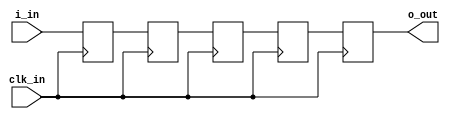
//------------------------------------------------------------------------------
//  (c) Copyright 2013-2015 Xilinx, Inc. All rights reserved.
//
//  This file contains confidential and proprietary information
//  of Xilinx, Inc. and is protected under U.S. and
//  international copyright and other intellectual property
//  laws.
//
//  DISCLAIMER
//  This disclaimer is not a license and does not grant any
//  rights to the materials distributed herewith. Except as
//  otherwise provided in a valid license issued to you by
//  Xilinx, and to the maximum extent permitted by applicable
//  law: (1) THESE MATERIALS ARE MADE AVAILABLE "AS IS" AND
//  WITH ALL FAULTS, AND XILINX HEREBY DISCLAIMS ALL WARRANTIES
//  AND CONDITIONS, EXPRESS, IMPLIED, OR STATUTORY, INCLUDING
//  BUT NOT LIMITED TO WARRANTIES OF MERCHANTABILITY, NON-
//  INFRINGEMENT, OR FITNESS FOR ANY PARTICULAR PURPOSE; and
//  (2) Xilinx shall not be liable (whether in contract or tort,
//  including negligence, or under any other theory of
//  liability) for any loss or damage of any kind or nature
//  related to, arising under or in connection with these
//  materials, including for any direct, or any indirect,
//  special, incidental, or consequential loss or damage
//  (including loss of data, profits, goodwill, or any type of
//  loss or damage suffered as a result of any action brought
//  by a third party) even if such damage or loss was
//  reasonably foreseeable or Xilinx had been advised of the
//  possibility of the same.
//
//  CRITICAL APPLICATIONS
//  Xilinx products are not designed or intended to be fail-
//  safe, or for use in any application requiring fail-safe
//  performance, such as life-support or safety devices or
//  systems, Class III medical devices, nuclear facilities,
//  applications related to the deployment of airbags, or any
//  other applications that could lead to death, personal
//  injury, or severe property or environmental damage
//  (individually and collectively, "Critical
//  Applications"). Customer assumes the sole risk and
//  liability of any use of Xilinx products in Critical
//  Applications, subject only to applicable laws and
//  regulations governing limitations on product liability.
//
//  THIS COPYRIGHT NOTICE AND DISCLAIMER MUST BE RETAINED AS
//  PART OF THIS FILE AT ALL TIMES.
//------------------------------------------------------------------------------


`timescale 1ps/1ps

// *********************************************************************************************************************
// IMPORTANT
// This block is delivered within the example design. If you wish to modify its behavior, be careful to understand the
// existing behavior and the effects of any modifications you may choose to make.
// *********************************************************************************************************************

module gtwizard_0_example_bit_synchronizer # (

  parameter INITIALIZE = 5'b00000,
  parameter FREQUENCY  = 512

)(

  input  wire clk_in,
  input  wire i_in,
  output wire o_out

);

  // Use 5 flip-flops as a single synchronizer, and tag each declaration with the appropriate synthesis attribute to
  // enable clustering. Their GSR default values are provided by the INITIALIZE parameter.

  (* ASYNC_REG = "TRUE" *) reg i_in_meta  = INITIALIZE[0];
  (* ASYNC_REG = "TRUE" *) reg i_in_sync1 = INITIALIZE[1];
  (* ASYNC_REG = "TRUE" *) reg i_in_sync2 = INITIALIZE[2];
  (* ASYNC_REG = "TRUE" *) reg i_in_sync3 = INITIALIZE[3];
                           reg i_in_out   = INITIALIZE[4];

  always @(posedge clk_in) begin
    i_in_meta  <= i_in;
    i_in_sync1 <= i_in_meta;
    i_in_sync2 <= i_in_sync1;
    i_in_sync3 <= i_in_sync2;
    i_in_out   <= i_in_sync3;
  end

  assign o_out = i_in_out;


endmodule